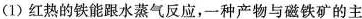
(1)红热的铁能跟水蒸气反应，一种产物与磁铁矿的主